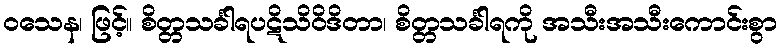
ဝသေန၊ ဖြင့်။ စိတ္တသင်္ခါရပဋိသိဝိဒိတာ၊ စိတ္တသင်္ခါရကို အသီးအသီးကောင်းစွာ